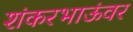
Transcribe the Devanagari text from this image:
शंकरभाऊंवर